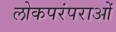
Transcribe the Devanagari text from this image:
लोकपरंपराओं